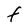
Character: F